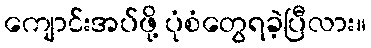
ကျောင်းအပ်ဖို့ ပုံစံတွေရခဲ့ပြီလား။